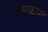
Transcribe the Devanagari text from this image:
धमकीने